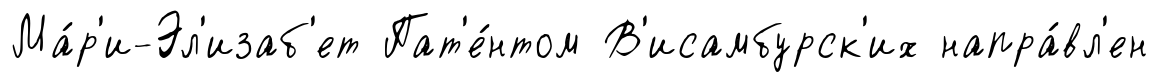
Ма́р'и-Эл'изаб'ет Пат'е́нтом В'исамбурск'их напра́вл'ен